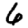
Digit: 6